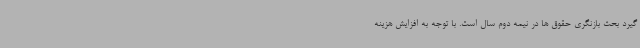
گیرد بحث بازنگری حقوق ها در نیمه دوم سال است. با توجه به افزایش هزینه